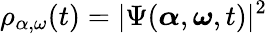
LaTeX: \rho_{\alpha,\omega}(t)=|\Psi({\boldsymbol{\alpha}},{\boldsymbol{\omega}},t)|^{2}